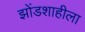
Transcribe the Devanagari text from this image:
झोंडशाहीला